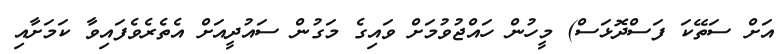
އަށް ސަތޭކަ ފަސްދޮޅަސް) މީހުން ހައްޖުވުމަށް ވައިގެ މަގުން ސައުދީއަށް އެތެރެވެފައިވާ ކަމަށާއި